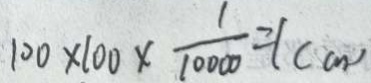
1 0 0 \times 1 0 0 \times \frac { 1 } { 1 0 0 0 0 } = 1 ( c m )